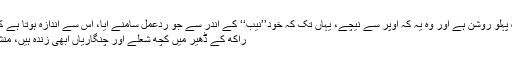
اس گہری تہہ در تہہ تاریکی کا ایک پہلو روشن ہے اور وہ یہ کہ اوپر سے نیچے، یہاں تک کہ خود’’نیب‘‘ کے اندر سے جو ردعمل سامنے آیا، اس سے اندازہ ہوتا ہے کہ مردہ جسم میں ابھی جاں باقی ہے،
راکھ کے ڈھیر میں کچھ شعلے اور چنگاریاں ابھی زندہ ہیں، منشا بم معاشرہ میں ابھی دم موجود ہے۔